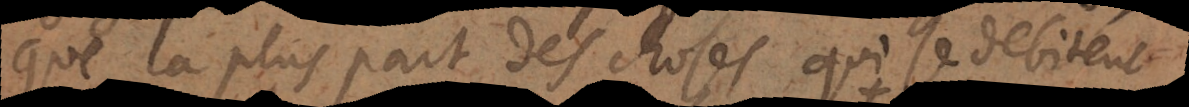
que la pluspart des choses qui se debitent